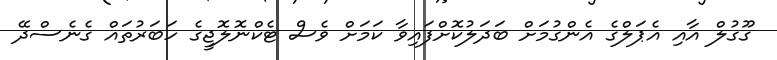
ގޫގުލް އާއި އެޕަލްގެ އެންގުމަށް ބަދަލުކޮށްފައިވާ ކަމަށް ވެސް ޓެކްނޮލޮޖީގެ ހަބަރުތައް ގެނެސްދޭ